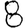
Digit: 8